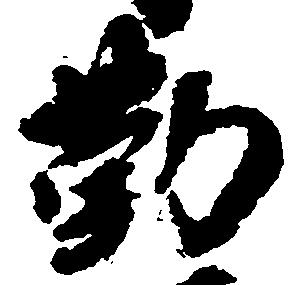
勤